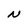
Character: N